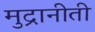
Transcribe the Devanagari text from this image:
मुद्रानीती